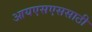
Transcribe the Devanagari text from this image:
आयएसएससाठी